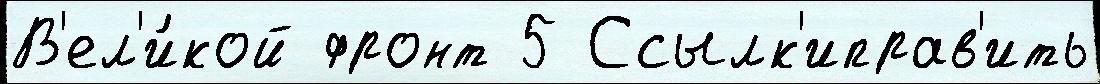
В'ел'и́кой фронт 5 Ссылк'иправ'ить